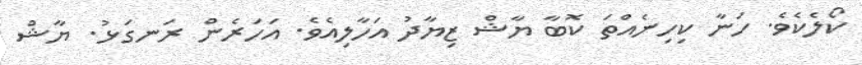
ކޯލެކެވެ. ހަނާ ކިހިނެއްތަ ކޮބާ ޔާޝް ޒިޔާދު އަހާލިއެވެ. އަހަރެން ރަނގަޅު. ޔާޝް